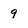
Character: 9